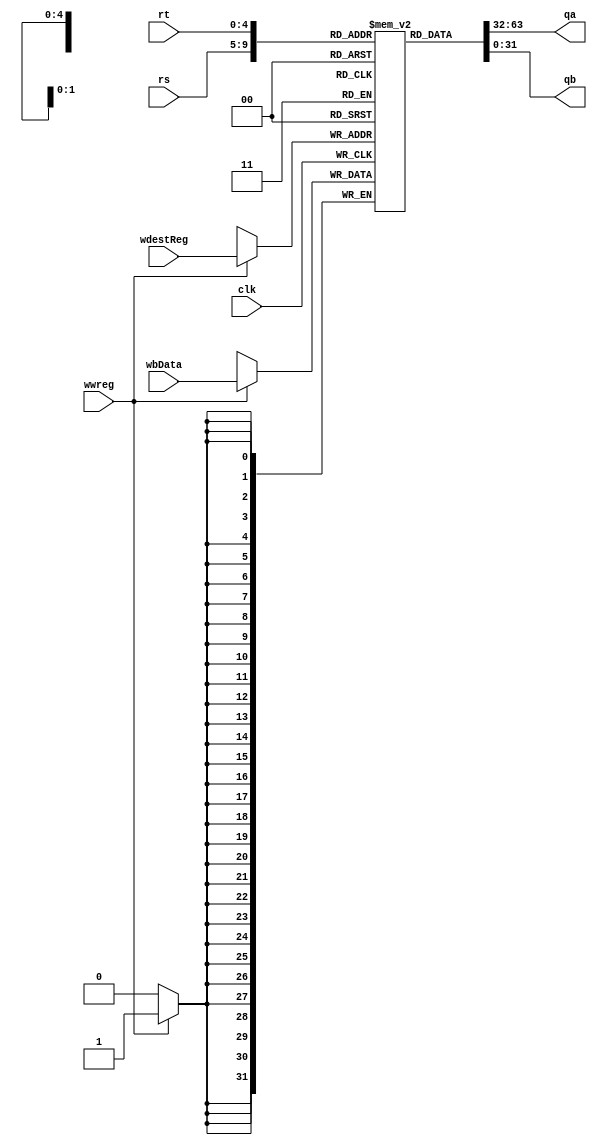
`timescale 1ns / 1ps
//////////////////////////////////////////////////////////////////////////////////
// Company: 
// Engineer: 
// 
// Design Name: 
// Module Name: regFile
// Project Name: 
// Target Devices: 
// Tool Versions: 
// Description: 
// 
// Dependencies: 
// 
// Revision:
// Revision 0.01 - File Created
// Additional Comments:
// 
//////////////////////////////////////////////////////////////////////////////////


module regFile(rs, rt, wdestReg, wbData, wwreg, clk, qa, qb);
    //input wire [31:0] dinstOut;
    input wire [4:0] rs;
    input wire [4:0] rt;
    input wire [4:0] wdestReg;
    input wire [31:0] wbData;
    input wire wwreg;
    input clk;
    output reg [31:0] qa; //read from rs
    output reg [31:0] qb; //read from rt
    
    reg [31:0] registers [31:0];
    
    initial begin
        registers[0] = 32'h00000000;
        registers[1] = 32'hA00000AA;
        registers[2] = 32'h10000011;
        registers[3] = 32'h20000022;
        registers[4] = 32'h30000033;
        registers[5] = 32'h40000044;
        registers[6] = 32'h50000055;
        registers[7] = 32'h60000066;
        registers[8] = 32'h70000077;
        registers[9] = 32'h80000088;
        registers[10] = 32'h90000099;
    end
    
    integer i;
    initial begin
        for (i=11; i<32; i=i+1) begin
            registers[i] <= 0;
        end
    end
    
    always @(posedge clk)begin
        if (wwreg == 1)begin
            registers[wdestReg] <= wbData;
        end
    end
    
    always @(*) begin
        qa <= registers[rs];
        qb <= registers[rt];
    end
    
endmodule